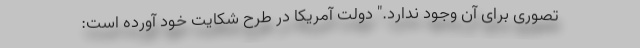
تصوری برای آن وجود ندارد." دولت آمریکا در طرح شکایت خود آورده است: